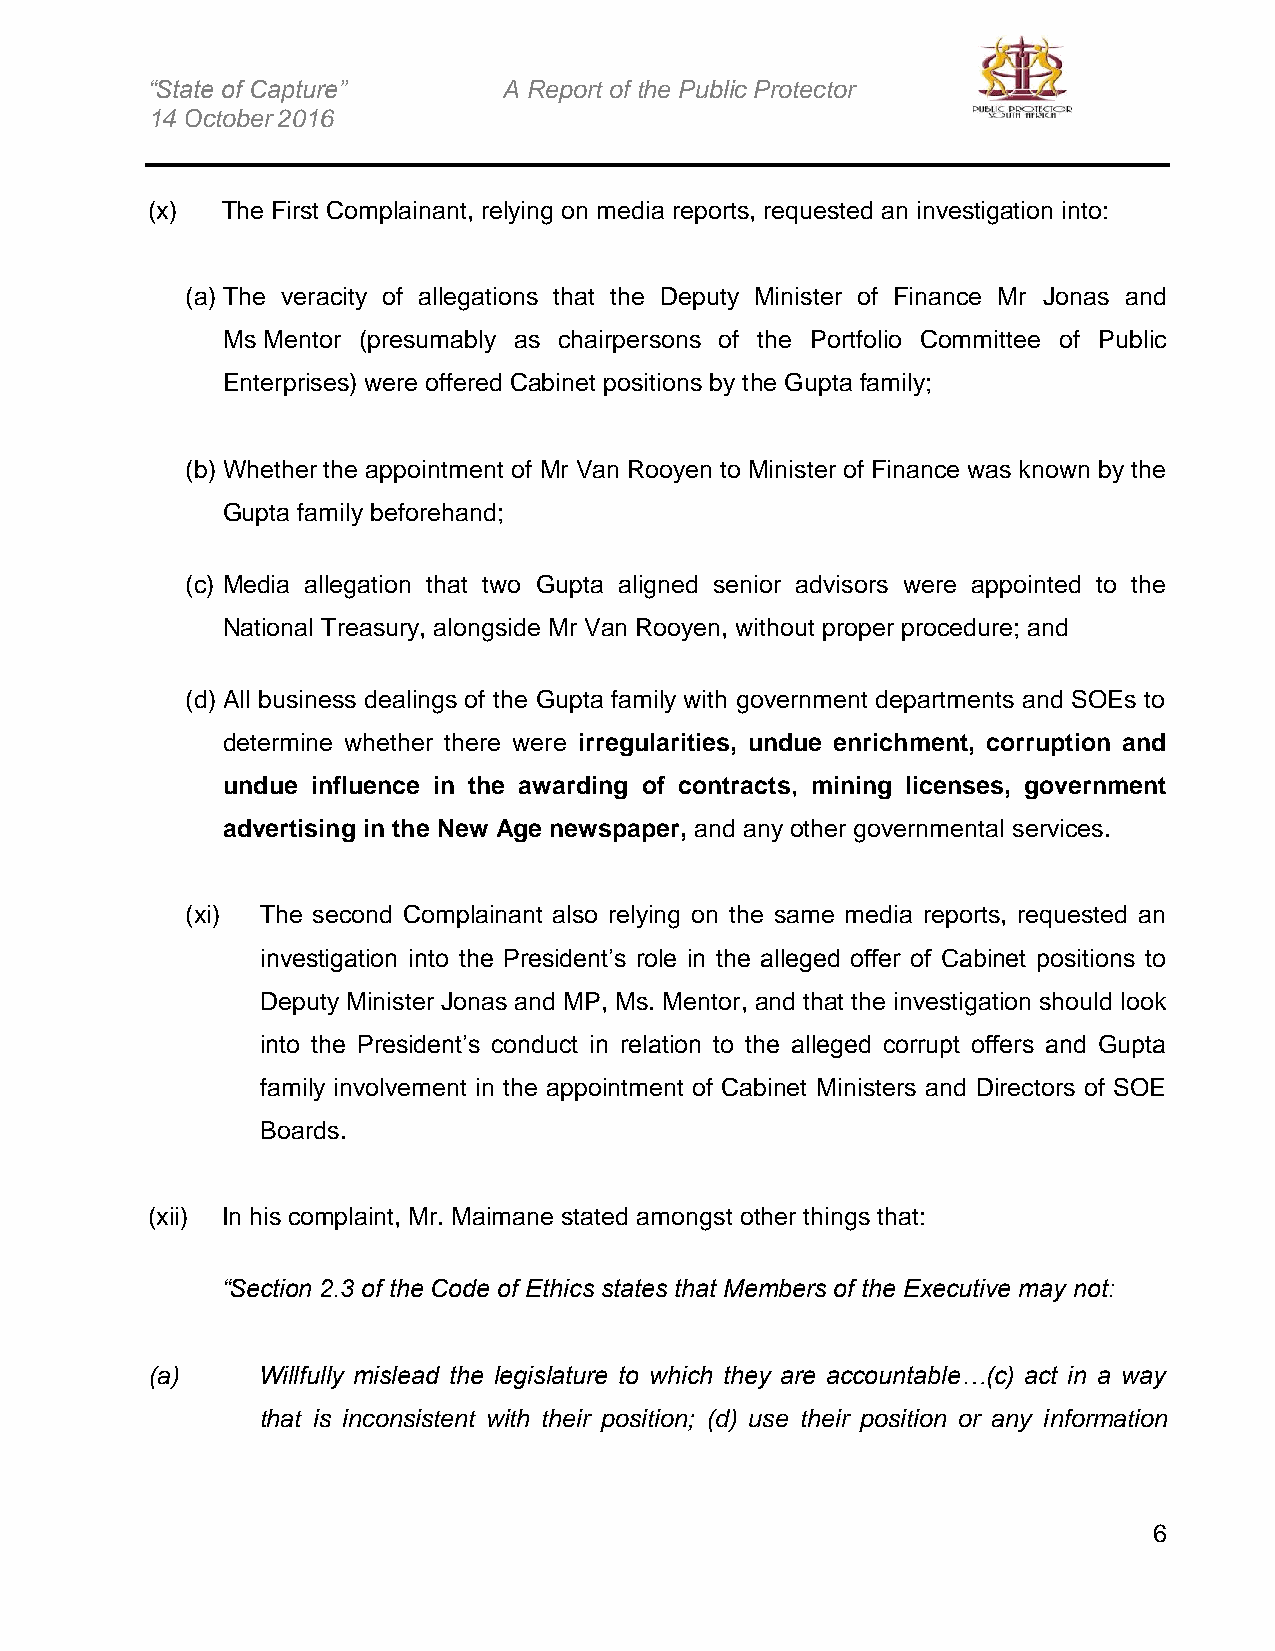
“State of Capture”     A Report of the Public Protector
 14 October 2016
 (x)  The First Complainant, relying on media reports, requested an investigation into:
 (a) The veracity of allegations that the Deputy Minister of Finance Mr Jonas and
 Ms Mentor (presumably as chairpersons of the Portfolio Committee of Public
 Enterprises) were offered Cabinet positions by the Gupta family;
 (b) Whether the appointment of Mr Van Rooyen to Minister of Finance was known by the
 Gupta family beforehand;
 (c) Media allegation that two Gupta aligned senior advisors were appointed to the
 National Treasury, alongside Mr Van Rooyen, without proper procedure; and
 (d) All business dealings of the Gupta family with government departments and SOEs to
 determine whether there were irregularities, undue enrichment, corruption and
 undue influence in the awarding of contracts, mining licenses, government
 advertising in the New Age newspaper, and any other governmental services.
 (xi) The second Complainant also relying on the same media reports, requested an
 investigation into the President’s role in the alleged offer of Cabinet positions to
 Deputy Minister Jonas and MP, Ms. Mentor, and that the investigation should look
 into the President’s conduct in relation to the alleged corrupt offers and Gupta
 family involvement in the appointment of Cabinet Ministers and Directors of SOE
 Boards.
 (xii) In his complaint, Mr. Maimane stated amongst other things that:
 “Section 2.3 of the Code of Ethics states that Members of the Executive may not:
 (a)    Willfully mislead the legislature to which they are accountable…(c) act in a way
 that is inconsistent with their position; (d) use their position or any information
 6